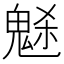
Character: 𩲺